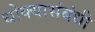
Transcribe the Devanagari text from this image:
धोक्यासंबंधी